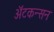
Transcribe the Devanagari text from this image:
ॲटकन्सन